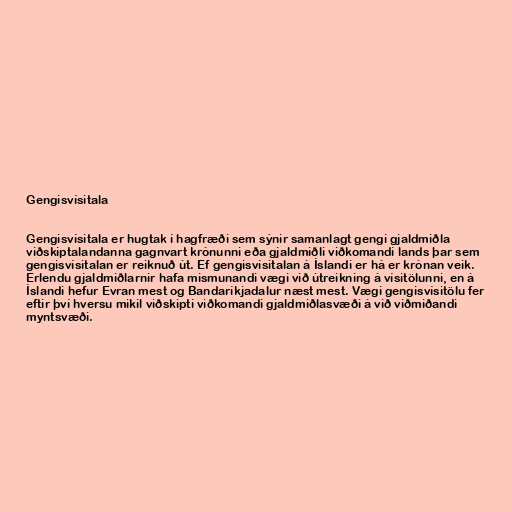
Gengisvísitala

Gengisvísitala er hugtak í hagfræði sem sýnir samanlagt gengi gjaldmiðla
viðskiptalandanna gagnvart krónunni eða gjaldmiðli viðkomandi lands þar sem
gengisvísitalan er reiknuð út. Ef gengisvísitalan á Íslandi er há er krónan veik.
Erlendu gjaldmiðlarnir hafa mismunandi vægi við útreikning á vísitölunni, en á
Íslandi hefur Evran mest og Bandaríkjadalur næst mest. Vægi gengisvísitölu fer
eftir því hversu mikil viðskipti viðkomandi gjaldmiðlasvæði á við viðmiðandi
myntsvæði.